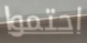
احتموا